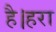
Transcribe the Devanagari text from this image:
है।हरा